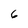
Character: 6